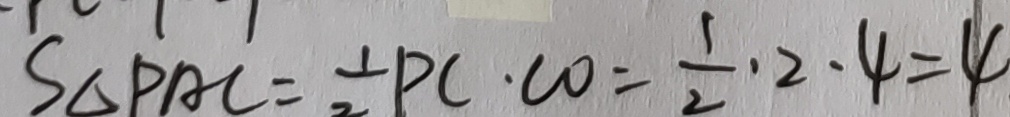
S _ { \Delta } P A C = \frac { 1 } { 2 } P C \cdot C O = \frac { 1 } { 2 } \cdot 2 \cdot 4 = 4